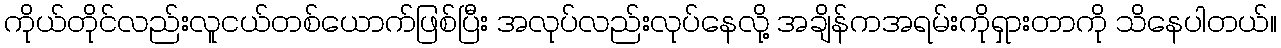
ကိုယ်တိုင်လည်းလူငယ်တစ်ယောက်ဖြစ်ပြီး အလုပ်လည်းလုပ်နေလို့ အချိန်ကအရမ်းကိုရှားတာကို သိနေပါတယ်။